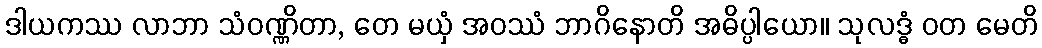
ဒါယကဿ လာဘာ သံဝဏ္ဏိတာ, တေ မယှံ အဝဿံ ဘာဂိနောတိ အဓိပ္ပါယော။ သုလဒ္ဓံ ဝတ မေတိ